Annual returns of the Patna Lunatic Asylum at Bankipore in Bihar and Orissa - 1912-1924
Year: 1912
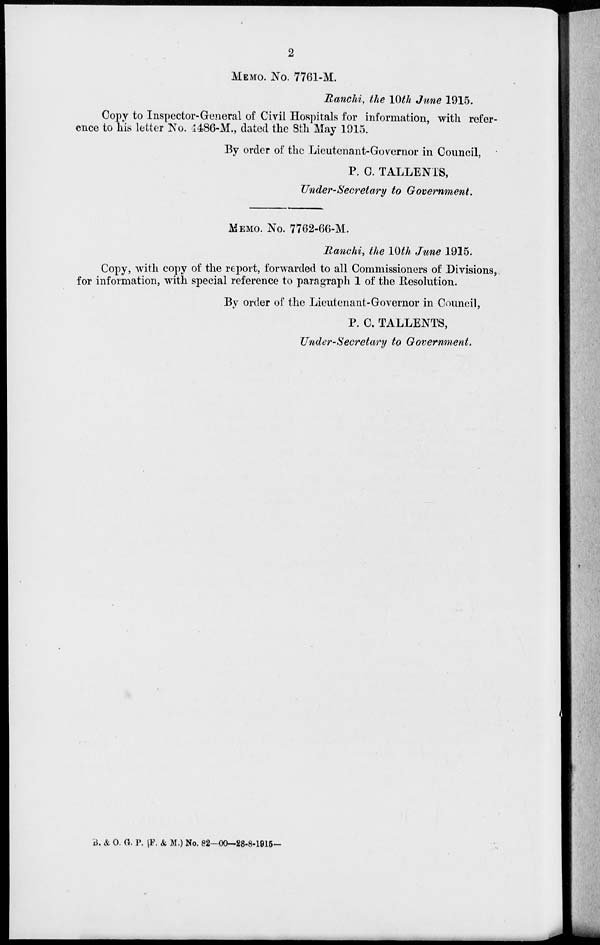
2
MEMO. NO. 7761-M.
Ranchi, the 10th June 1915.
Copy to Inspector-General of Civil Hospitals for information, with refer-
ence to his letter No. 4486-M., dated the 8th May 1915.
By order of the Lieutenant-Governor in Council,
P. C. TALLENTS,
Under-Secretary to Government.
MEMO. No. 7762-66-M.
Ranchi, the 10th June 1915.
Copy, with copy of the report, forwarded to all Commissioners of Divisions,
for information, with special reference to paragraph 1 of the Resolution.
By order of the Lieutenant-Governor in Council,
P. C. TALLENTS,
Under-Secretary to Government.
B. & O. G. P. (F. & M.) No. 82—00—28-8-1915-